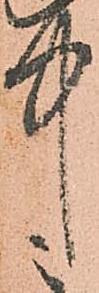
中